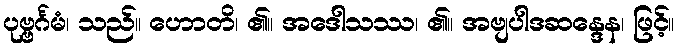
ပုဗ္ဗင်္ဂမံ၊ သည်။ ဟောတိ၊ ၏။ အဒေါသဿ၊ ၏။ အဗျပါဒဆန္ဒေန၊ ဖြင့်။